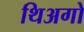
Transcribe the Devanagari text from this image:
थिअगो